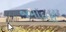
જમાદારો